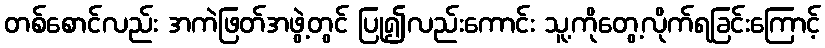
တစ်စောင်လည်း အကဲဖြတ်အဖွဲ့တွင် ပြု၍လည်းကောင်း သူ့ကိုတွေ့လိုက်ရခြင်းကြောင့်